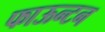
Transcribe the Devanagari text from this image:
फाऊन्टन